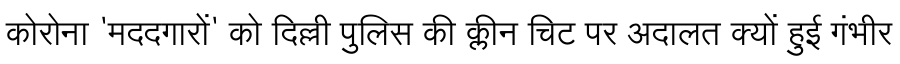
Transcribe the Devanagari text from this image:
कोरोना 'मददगारों' को दिल्ली पुलिस की क्लीन चिट पर अदालत क्यों हुई गंभीर